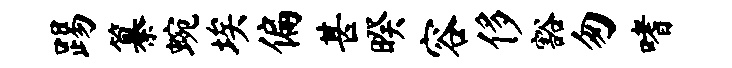
踢纂蜿埃偏甚暌容侈豁匆嗜